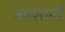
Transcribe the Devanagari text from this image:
श्मशानों